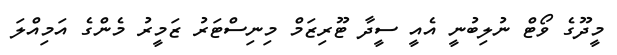
މީދޫގެ ވޯޓް ނުލިބުނީ އެއީ ސީދާ ޓޫރިޒަމް މިނިސްޓަރު ޒަމީރު މެންގެ އަމިއްލަ